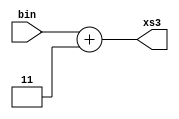
module bin2xs3(

		input [3:0]bin,
		output [3:0]xs3
				);

assign xs3 = bin + 4'd3;

// assign xs3 = bin + 4'b0011;

endmodule